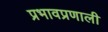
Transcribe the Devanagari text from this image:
प्रभावप्रणाली